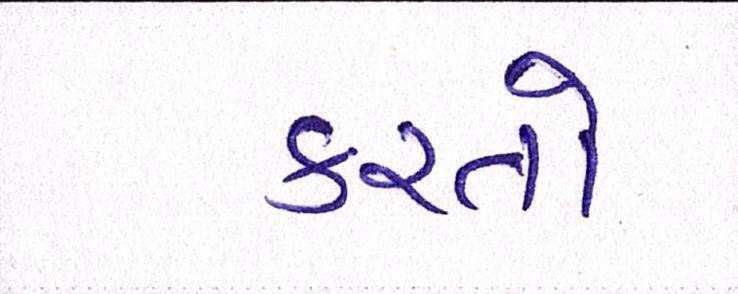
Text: કરતો